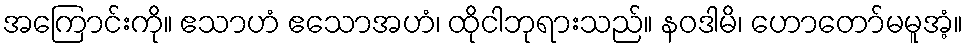
အကြောင်းကို။ ဧသာဟံ ဧသောအဟံ၊ ထိုငါဘုရားသည်။ နဝဒါမိ၊ ဟောတော်မမူအံ့။